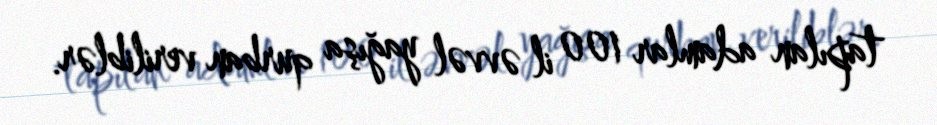
tapılan adamlar 100 il əvvəl yağışa qurban veriliblər.